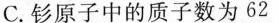
C.钐原子中的质子数为62